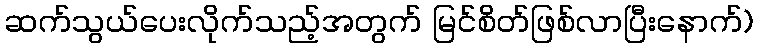
ဆက်သွယ်ပေးလိုက်သည့်အတွက် မြင်စိတ်ဖြစ်လာပြီးနောက်)